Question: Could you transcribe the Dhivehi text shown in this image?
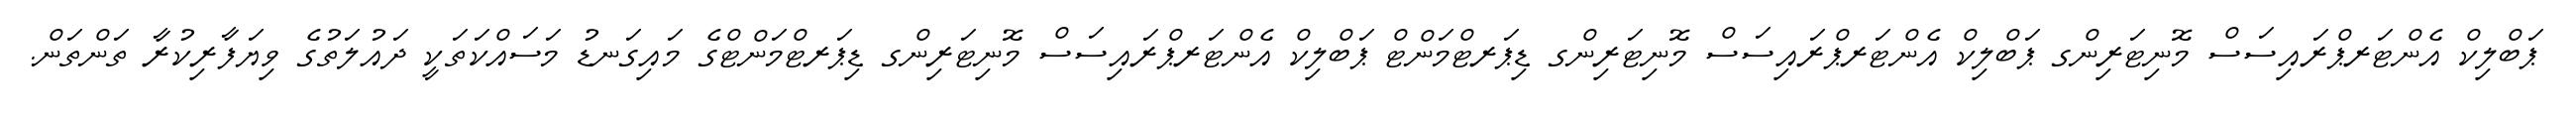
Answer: ޕަބްލިކް އެންޓަރޕްރައިސަސް މޮނިޓަރިންގ ޕަބްލިކް އެންޓަރޕްރައިސަސް މޮނިޓަރިންގ ޑިޕަރޓްމަންޓް ޕަބްލިކް އެންޓަރޕްރައިސަސް މޮނިޓަރިންގ ޑިޕަރޓްމަންޓްގެ މައިގަނޑު މަސައްކަތަކީ ދައުލަތުގެ ވިޔަފާރިކުރާ ތަންތަން.